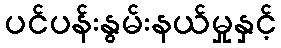
ပင်ပန်းနွမ်းနယ်မှုနှင့်